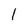
Character: 1